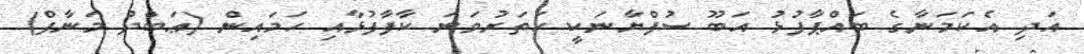
އަދި އެކަމަނާގެ ބައްޕާފުޅު އަބޫ ސުފްޔާނަކީ ހަތަރުވަނަ ކާފާފުޅާއި ހަމައިން (ޢަބްދު މަނާފް)